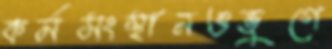
কর্মসংস্থানওভুগে